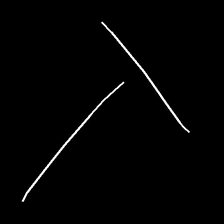
Glyph: column